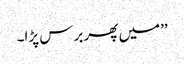
’’میں پھر برس پڑا۔